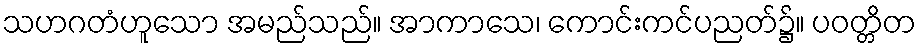
သဟဂတံဟူသော အမည်သည်။ အာကာသေ၊ ကောင်းကင်ပညတ်၌။ ပဝတ္တိတ